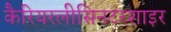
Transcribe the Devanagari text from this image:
कैरियरलीसिनटरशाइर